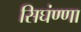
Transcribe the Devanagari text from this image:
सिघंण्णा